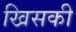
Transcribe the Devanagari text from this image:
खिसकी